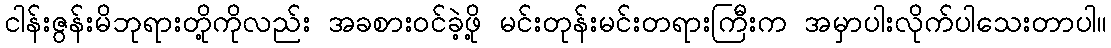
ငါန်းဇွန်းမိဘုရားတို့ကိုလည်း အခစားဝင်ခဲ့ဖို့ မင်းတုန်းမင်းတရားကြီးက အမှာပါးလိုက်ပါသေးတာပါ။